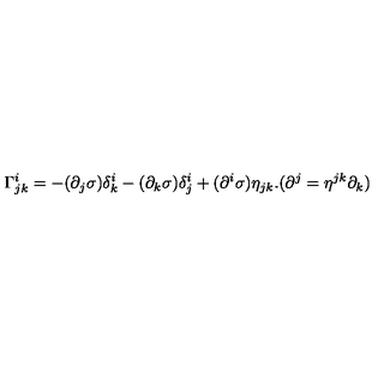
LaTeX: \Gamma _ { j k } ^ { i } = - ( \partial _ { j } \sigma ) \delta _ { k } ^ { i } - ( \partial _ { k } \sigma ) \delta _ { j } ^ { i } + ( \partial ^ { i } \sigma ) \eta _ { j k } . ( \partial ^ { j } = \eta ^ { j k } \partial _ { k } )